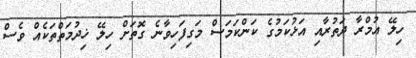
ހިލޭ އުމްރާ ދަތުރާއި އަޅުކަމުގެ ކަންކަމަސް މަގިފަހިވާނެ ގޮތަށް ހިލޭ ޚިދުމަތްތަކެއް ވެސް